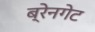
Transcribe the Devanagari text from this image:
ब्रेनगेट